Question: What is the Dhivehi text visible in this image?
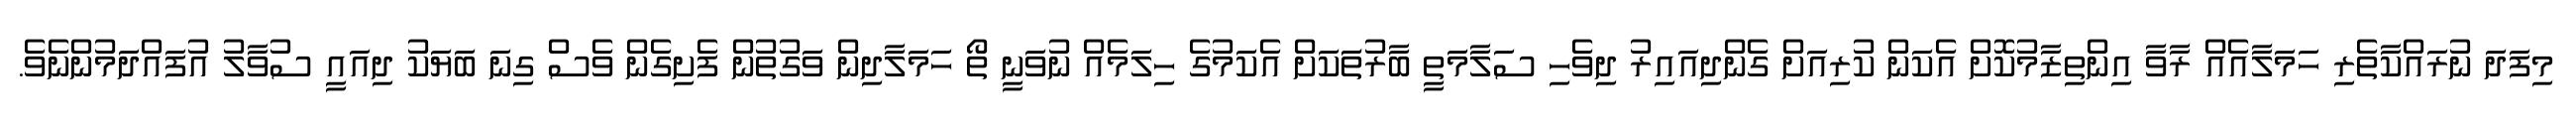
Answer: މިފަދަ ނުރައްކާތެރި ހަމަލާއެއް ރާވާ އިންތިޒާމުކޮށް އެކަން ކުރިއަށް ގެންދިއައިރު ދިވެހި ސަލާމަތީ ބާރުތަަކަށް އެކަމުގެ ހިލަމެއް ނުވަނީ ތޯ ހަމަލާދިން ވަގުތުން ފެށިގެން ވެސް ގިނަ ބަޔަކު ދިއައީ ސުވާލު އުފައްދަމުންނެވެ.